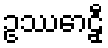
ဥဿောဠှီ